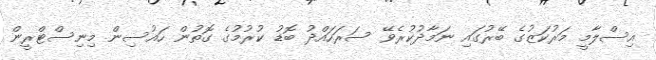
އިސްލާމީ މަރުކަޒުގެ ބޭރުގައި ނަމާދުކުރެވޭ ސަރަހައްދު ބޮޑު ކުރުމުގެ ގޮތުން ހައުސިން މިނިސްޓްރީން